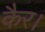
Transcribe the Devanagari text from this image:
कैर।